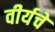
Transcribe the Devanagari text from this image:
वीर्यचे